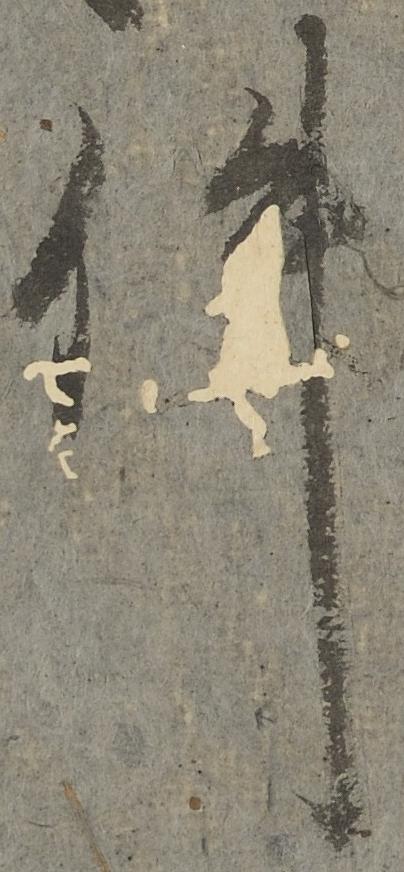
件